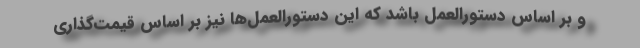
و بر اساس دستورالعمل باشد که این دستورالعمل‌ها نیز بر اساس قیمت‌گذاری